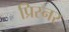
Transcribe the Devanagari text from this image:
प्रिस्नर